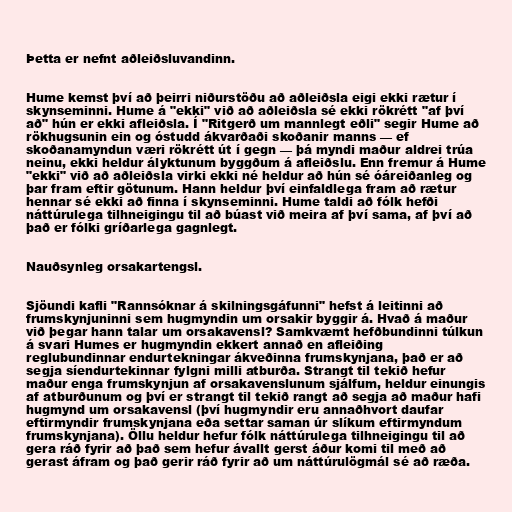
Þetta er nefnt aðleiðsluvandinn.

Hume kemst því að þeirri niðurstöðu að aðleiðsla eigi ekki rætur í
skynseminni. Hume á "ekki" við að aðleiðsla sé ekki rökrétt "af því
að" hún er ekki afleiðsla. Í "Ritgerð um mannlegt eðli" segir Hume að
rökhugsunin ein og óstudd ákvarðaði skoðanir manns — ef
skoðanamyndun væri rökrétt út í gegn — þá myndi maður aldrei trúa
neinu, ekki heldur ályktunum byggðum á afleiðslu. Enn fremur á Hume
"ekki" við að aðleiðsla virki ekki né heldur að hún sé óáreiðanleg og
þar fram eftir götunum. Hann heldur því einfaldlega fram að rætur
hennar sé ekki að finna í skynseminni. Hume taldi að fólk hefði
náttúrulega tilhneigingu til að búast við meira af því sama, af því að
það er fólki gríðarlega gagnlegt.

Nauðsynleg orsakartengsl.

Sjöundi kafli "Rannsóknar á skilningsgáfunni" hefst á leitinni að
frumskynjuninni sem hugmyndin um orsakir byggir á. Hvað á maður
við þegar hann talar um orsakavensl? Samkvæmt hefðbundinni túlkun
á svari Humes er hugmyndin ekkert annað en afleiðing
reglubundinnar endurtekningar ákveðinna frumskynjana, það er að
segja síendurtekinnar fylgni milli atburða. Strangt til tekið hefur
maður enga frumskynjun af orsakavenslunum sjálfum, heldur einungis
af atburðunum og því er strangt til tekið rangt að segja að maður hafi
hugmynd um orsakavensl (því hugmyndir eru annaðhvort daufar
eftirmyndir frumskynjana eða settar saman úr slíkum eftirmyndum
frumskynjana). Öllu heldur hefur fólk náttúrulega tilhneigingu til að
gera ráð fyrir að það sem hefur ávallt gerst áður komi til með að
gerast áfram og það gerir ráð fyrir að um náttúrulögmál sé að ræða.